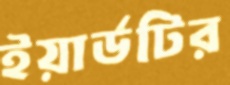
ইয়ার্ডটির